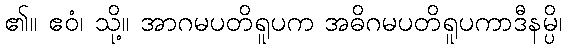
၏။ ဧဝံ၊ သို့။ အာဂမပတိရူပက အဓိဂမပတိရူပကာဒီနမ္ပိ၊